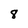
Character: 8